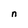
Character: n